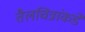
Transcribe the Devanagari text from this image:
तैलचित्रांकडे